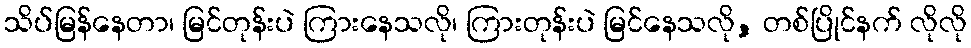
သိပ်မြန်နေတာ၊ မြင်တုန်းပဲ ကြားနေသလို၊ ကြားတုန်းပဲ မြင်နေသလို, တစ်ပြိုင်နက် လိုလို